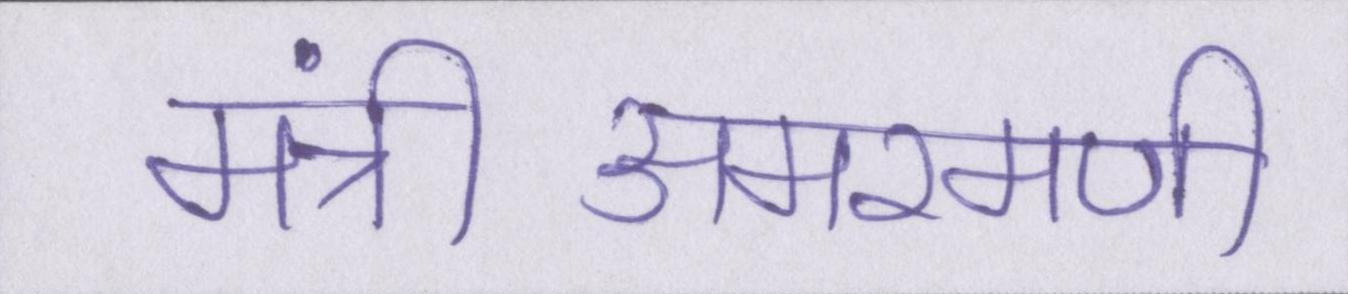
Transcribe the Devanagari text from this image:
मंत्रीअमरमणी